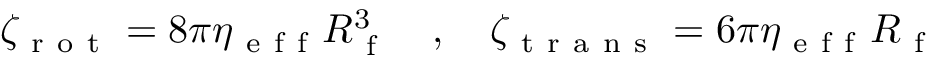
\begin{array} { r } { \zeta _ { \mathrm { ~ r ~ o ~ t ~ } } = 8 \pi \eta _ { \mathrm { ~ e ~ f ~ f ~ } } R _ { \mathrm { ~ f ~ } } ^ { 3 } \quad , \quad \zeta _ { \mathrm { ~ t ~ r ~ a ~ n ~ s ~ } } = 6 \pi \eta _ { \mathrm { ~ e ~ f ~ f ~ } } R _ { \mathrm { ~ f ~ } } } \end{array}